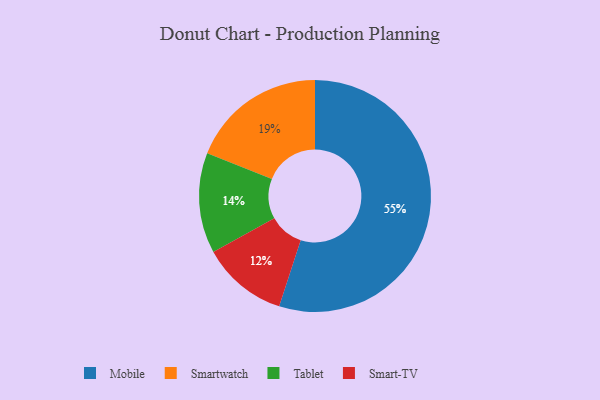
{"axis": {"x": "Category", "y": "Percentage"}, "legend": ["Mobile", "Smart-TV", "Smartwatch", "Tablet"], "data": [{"x": "Mobile", "y": 55, "type": "Mobile"}, {"x": "Smart-TV", "y": 12, "type": "Smart-TV"}, {"x": "Tablet", "y": 14, "type": "Tablet"}, {"x": "Smartwatch", "y": 19, "type": "Smartwatch"}]}